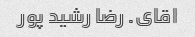
اقای. رضا رشید پور